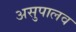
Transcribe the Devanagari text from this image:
असुपालव